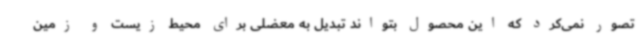
تصور نمی‌کرد که این محصول بتواند تبدیل به معضلی برای محیط زیست و زمین